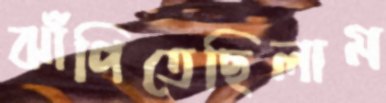
ঝাঁপিতেছিলাম